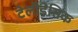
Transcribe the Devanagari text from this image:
टेलीडेसिक